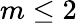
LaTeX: m\le 2